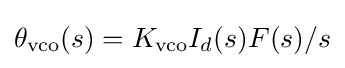
\theta _{\rm {vco}}(s)=K_{\rm {vco}}I_{d}(s)F(s)/s